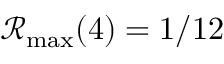
\mathcal { R } _ { \operatorname* { m a x } } ( 4 ) = 1 / 1 2